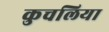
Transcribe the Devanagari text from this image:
कुचलिया